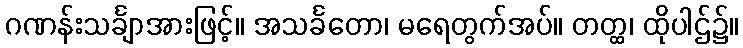
ဂဏန်းသင်္ချာအားဖြင့်။ အသင်္ခတော၊ မရေတွက်အပ်။ တတ္ထ၊ ထိုပါဌ်၌။